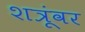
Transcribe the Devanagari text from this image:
शत्रूंवर